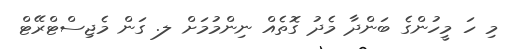
މި ހަ މީހުންގެ ބަންދާ މެދު ގޮތެއް ނިންމުމަށް ލ. ގަން މެޖިސްޓްރޭޓް